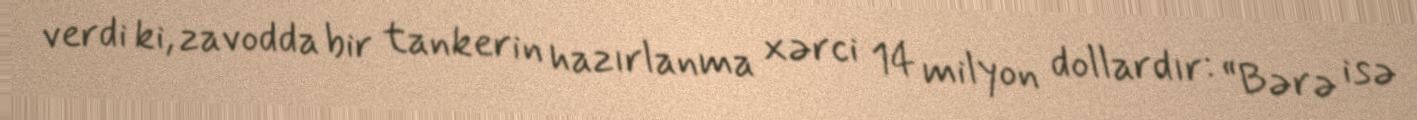
verdi ki, zavodda bir tankerin hazırlanma xərci 14 milyon dollardır: “Bərə isə